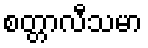
စတ္တာလီသမာ